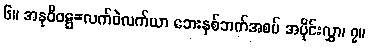
၆။ အနုဝိဝဋ္ဋ=လက်ဝဲလက်ယာ ဘေးနှစ်ဘက်အစပ် အပိုင်းလွှာ၊ ၇။